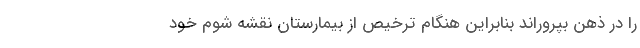
را در ذهن بپروراند بنابراین هنگام ترخیص از بیمارستان نقشه شوم خود